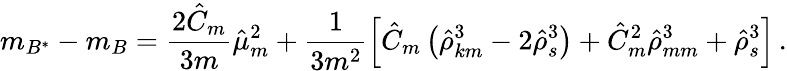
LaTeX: m_{B^{*}}-m_{B}=\frac{2\hat{C}_{m}}{3m}\hat{\mu}_{m}^{2}+\frac{1}{3m^{2}}\left[\hat{C}_{m}\left(\hat{\rho}_{km}^{3}-2\hat{\rho}_{s}^{3}\right)+\hat{C}_{m}^{2}\hat{\rho}_{mm}^{3}+\hat{\rho}_{s}^{3}\right]\, .